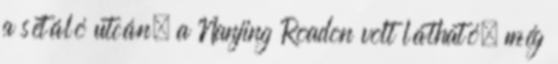
a sétáló utcán, a Nanjing Roadon volt látható, még